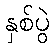
နှစ်ပွဲ